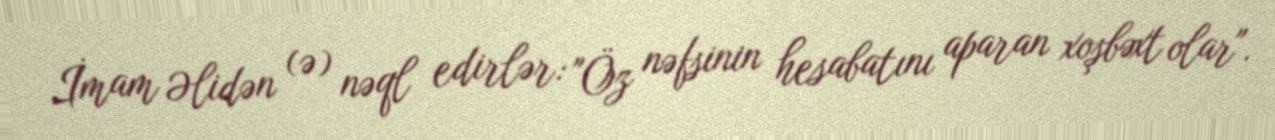
İmam Əlidən (ə) nəql edirlər: "Öz nəfsinin hesabatını aparan xoşbəxt olar".